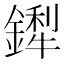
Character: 𬬁